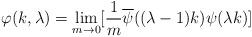
LaTeX: \begin{align*}\varphi (k,\lambda) = \lim_{m\rightarrow 0}[{1\over m} \overline\psi ((\lambda -1) k) \psi (\lambda k) ]\,\,\end{align*}